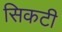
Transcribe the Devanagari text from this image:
सिकटी